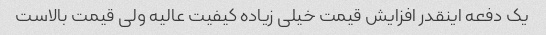
یک دفعه اینقدر افزایش قیمت خیلی زیاده کیفیت عالیه ولی قیمت بالاست